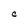
Character: c